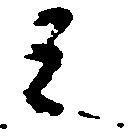
之